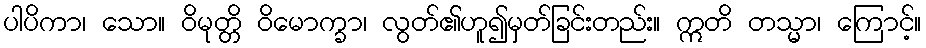
ပါပိကာ၊ သော။ ဝိမုတ္တိ ဝိမောက္ခာ၊ လွတ်၏ဟူ၍မှတ်ခြင်းတည်း။ ဣတိ တသ္မာ၊ ကြောင့်။